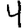
Digit: 4